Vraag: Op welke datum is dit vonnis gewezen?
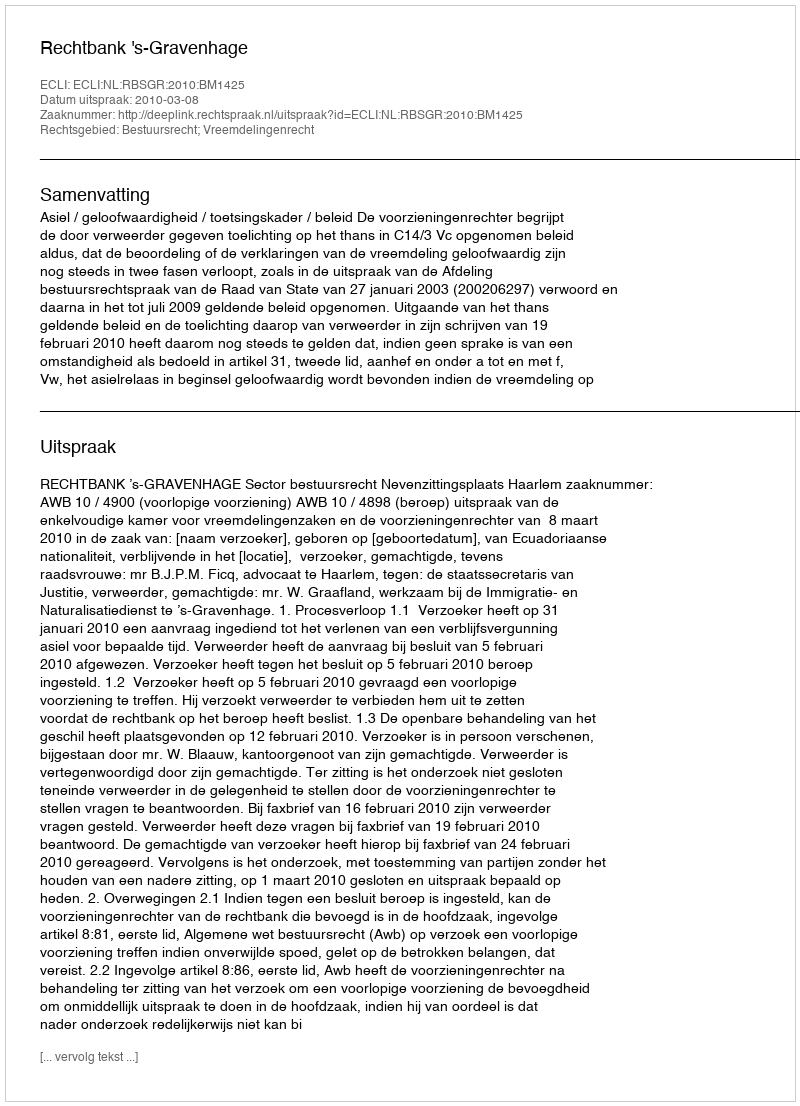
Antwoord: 2010-03-08